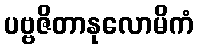
ပဗ္ဗဇိတာနုလောမိကံ